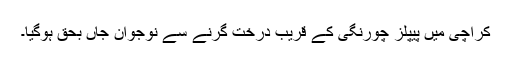
کراچی میں پیپلز چورنگی کے قریب درخت گرنے سے نوجوان جاں بحق ہوگیا۔